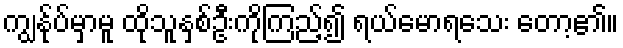
ကျွန်ုပ်မှာမူ ထိုသူနှစ်ဦးကိုကြည့်၍ ရယ်မောရသေး တော့၏။